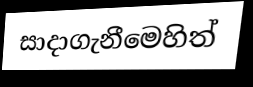
සාදාගැනීමෙහිත්